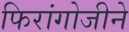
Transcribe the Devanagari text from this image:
फिरांगोजीने